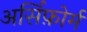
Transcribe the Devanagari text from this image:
अर्सिफ़ोर्म